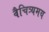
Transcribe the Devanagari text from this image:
वैचित्र्यमय